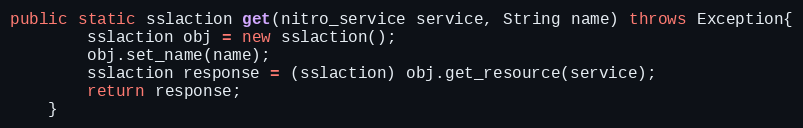
Language: Java
public static sslaction get(nitro_service service, String name) throws Exception{
		sslaction obj = new sslaction();
		obj.set_name(name);
		sslaction response = (sslaction) obj.get_resource(service);
		return response;
	}